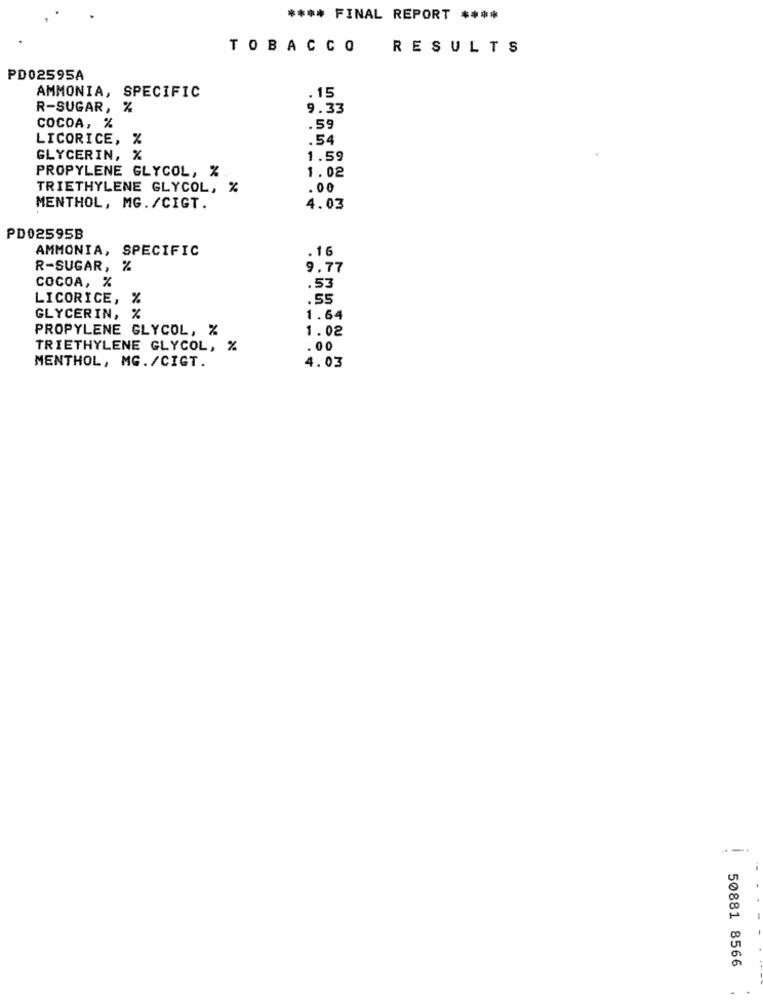
**** FINAL REPORT ****
TOBACCO
RESULTS
PD02595A
AMMONIA, SPECIFIC
. 15
R-SUGAR, %
9.33
COCOA, %
.59
LICORICE, %
.54
GLYCERIN, %
1.59
PROPYLENE GLYCOL, %
1.02
TRIETHYLENE GLYCOL, %
.00
MENTHOL, MG. /CIGT.
4.03
PD02595B
AMMONIA, SPECIFIC
. 16
R-SUGAR, %
9.77
COCOA, %
.53
LICORICE,
.55
GLYCERIN, %
1.64
PROPYLENE GLYCOL, %
1.02
TRIETHYLENE GLYCOL, %
.00
MENTHOL, MG./CIGT.
4.03
50881 8566